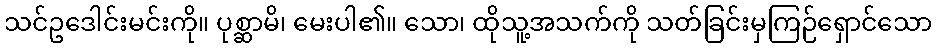
သင်ဥဒေါင်းမင်းကို။ ပုစ္ဆာမိ၊ မေးပါ၏။ သော၊ ထိုသူ့အသက်ကို သတ်ခြင်းမှကြဉ်ရှောင်သော